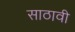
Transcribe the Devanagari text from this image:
साठावी